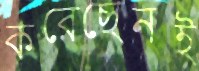
করেছেনই